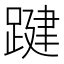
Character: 踺